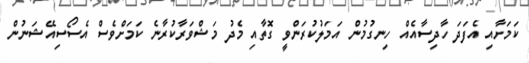
ކަމަށާއި އެފަދަ ހާދިސާއެއް ހިނގުމުން އަމަލުކުރަންވީ ގޮތާއި މެދު މަޝްވަރާކުރާނެ ކަމަށްވެސް އެސޯސިއޭޝަނުން